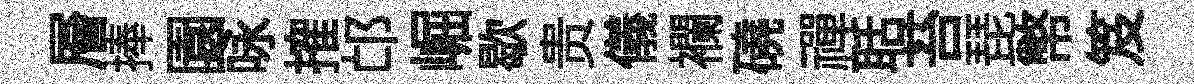
層捧園咏搉邙崛歇贵儀襴磽禪聒苔琵幣笈